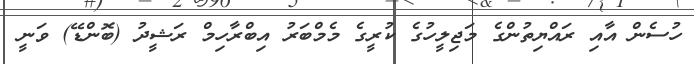
ހުސެން އާއި ރައްޔިތުންގެ މަޖިލީހުގެ ކުރީގެ މެމްބަރު އިބްރާހިމް ރަޝީދު (ބޮންޑޭ) ވަނީ